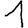
Digit: 1